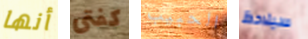
أنها كفتى الحبيب سيلاحظ